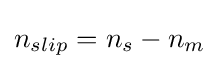
n_{slip}=n_{s}-n_{m}